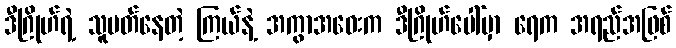
ဒီဂြိုဟ်ရဲ့ သူပတ်နေတဲ့ ကြယ်နဲ့ အကွာအဝေးက ဒီဂြိုဟ်ပေါ်မှာ ရေက အရည်အဖြစ်